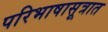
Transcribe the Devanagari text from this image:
परिभाषासूत्रात